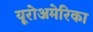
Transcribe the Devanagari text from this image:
यूरोअमेरिका